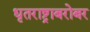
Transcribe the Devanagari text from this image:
धृतराष्ट्राबरोबर